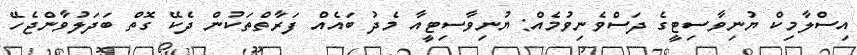
އިސްލާމިކް ޔުނިވާސިޓީގެ ދަސްވެނިވުމެއް: ޔުނިވާސިޓީއާ މެދު ބައެއް ފަރާތްތަކުން ދެކޭ ގޮތް ބަދަލުވާންޖެހޭ